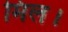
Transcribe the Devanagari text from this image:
मिल।